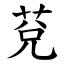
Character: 莌